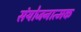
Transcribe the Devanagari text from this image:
संयोजनात्मक